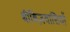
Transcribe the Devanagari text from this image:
थीबिज़वासियों